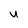
Character: U